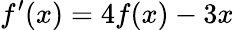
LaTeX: f^{\prime}(x)=4f(x)-3x